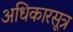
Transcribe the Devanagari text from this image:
अधिकारसूत्र